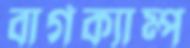
বার্গক্যাম্প